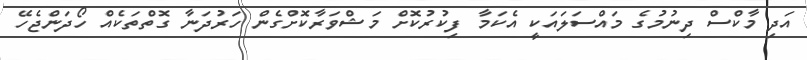
އަދި މާކްސް ދިނުމުގެ މައްސަލައަކީ އެކަމާ ފިކުރުކޮށް މަޝްވަރާކޮށްގެން ހަރުދަނާ ގޮތްތަކެއް ހޯދަންޖެހޭ